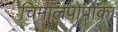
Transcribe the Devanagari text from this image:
चिमालपोपोका